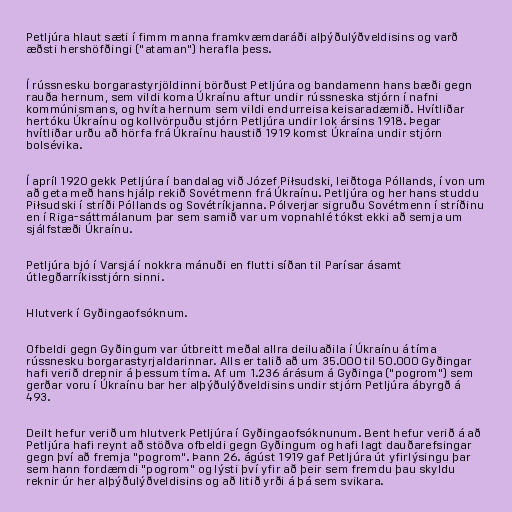
Petljúra hlaut sæti í fimm manna framkvæmdaráði alþýðulýðveldisins og varð
æðsti hershöfðingi ("ataman") herafla þess.

Í rússnesku borgarastyrjöldinni börðust Petljúra og bandamenn hans bæði gegn
rauða hernum, sem vildi koma Úkraínu aftur undir rússneska stjórn í nafni
kommúnismans, og hvíta hernum sem vildi endurreisa keisaradæmið. Hvítliðar
hertóku Úkraínu og kollvörpuðu stjórn Petljúra undir lok ársins 1918. Þegar
hvítliðar urðu að hörfa frá Úkraínu haustið 1919 komst Úkraína undir stjórn
bolsévika.

Í apríl 1920 gekk Petljúra í bandalag við Józef Piłsudski, leiðtoga Póllands, í von um
að geta með hans hjálp rekið Sovétmenn frá Úkraínu. Petljúra og her hans studdu
Piłsudski í stríði Póllands og Sovétríkjanna. Pólverjar sigruðu Sovétmenn í stríðinu
en í Riga-sáttmálanum þar sem samið var um vopnahlé tókst ekki að semja um
sjálfstæði Úkraínu.

Petljúra bjó í Varsjá í nokkra mánuði en flutti síðan til Parísar ásamt
útlegðarríkisstjórn sinni.

Hlutverk í Gyðingaofsóknum.

Ofbeldi gegn Gyðingum var útbreitt meðal allra deiluaðila í Úkraínu á tíma
rússnesku borgarastyrjaldarinnar. Alls er talið að um 35.000 til 50.000 Gyðingar
hafi verið drepnir á þessum tíma. Af um 1.236 árásum á Gyðinga ("pogrom") sem
gerðar voru í Úkraínu bar her alþýðulýðveldisins undir stjórn Petljúra ábyrgð á
493.

Deilt hefur verið um hlutverk Petljúra í Gyðingaofsóknunum. Bent hefur verið á að
Petljúra hafi reynt að stöðva ofbeldi gegn Gyðingum og hafi lagt dauðarefsingar
gegn því að fremja "pogrom". Þann 26. ágúst 1919 gaf Petljúra út yfirlýsingu þar
sem hann fordæmdi "pogrom" og lýsti því yfir að þeir sem fremdu þau skyldu
reknir úr her alþýðulýðveldisins og að litið yrði á þá sem svikara.